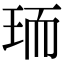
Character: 𭹄